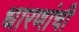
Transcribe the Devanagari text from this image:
धारणांची